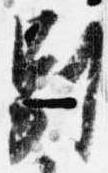
別